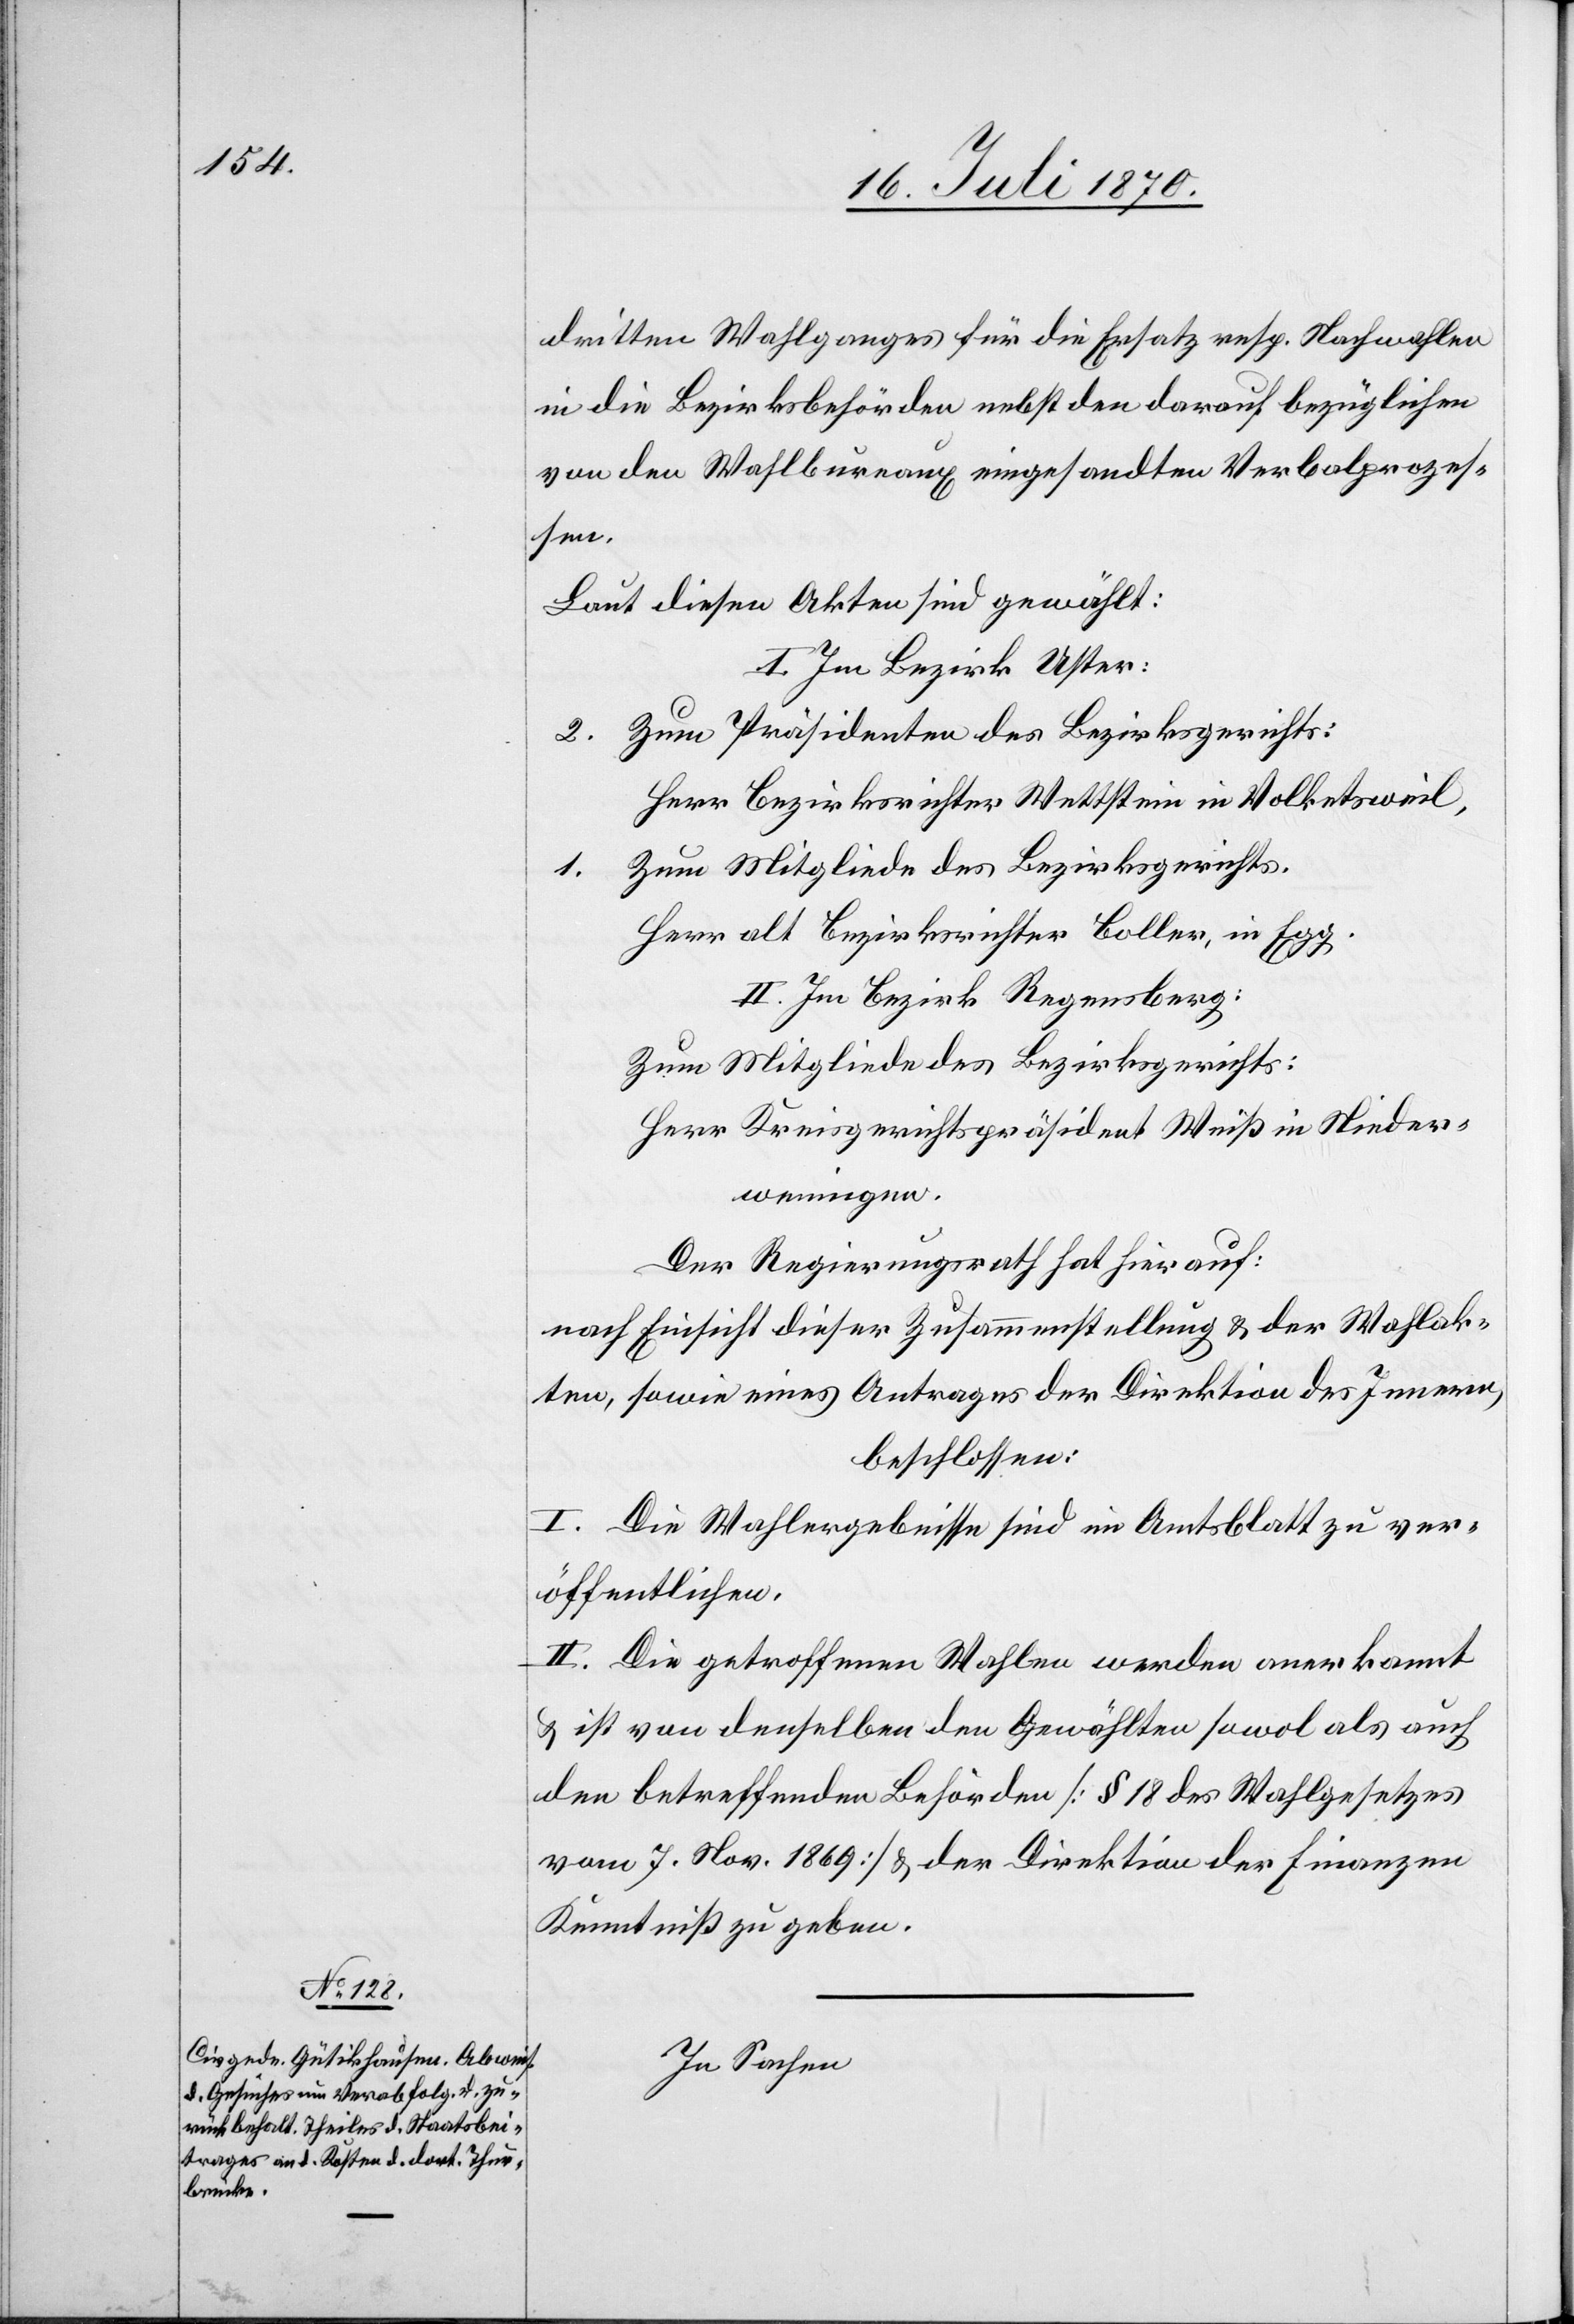
dritten Wahlganges für die Ersatz[-] resp. Nachwahlen
in die Bezirksbehörden nebst den darauf bezüglichen
von den Wahlbureaux eingesandten Verbalprozes¬
sen.
Laut diesen Akten sind gewählt:
I. Im Bezirk Uster:
Zum Präsidenten des Bezirksgerichts:
Herr Bezirksrichter Wettstein in Volketsweil.
1.
Herr alt Bezirksrichter Boller, in Egg.
II. Im Bezirk Regensberg:
Zum Mitgliede des Bezirksgerichts:
Herr Kreisgerichtspräsident Weiß in Nieder¬
weningen.
Der Regierungsrath hat hierauf:
2.
nach Einsicht dieser Zusammenstellung & der Wahlak¬
ten, sowie eines Antrages der Direktion des Innern,
beschlossen:
I. Die Wahlergebnisse sind im Amtsblatt zu ver¬
öffentlichen.
II. Die getroffenen Wahlen werden anerkannt
& ist von denselben den Gewählten sowol als auch
den betreffenden Behörden [§ 18 des Wahlgesetzes
vom 7. Nov. 1869] & der Direktion der Finanzen
Kenntniß zu geben.
In Sachen